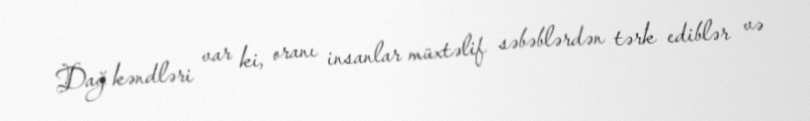
Dağ kəndləri var ki, oranı insanlar müxtəlif səbəblərdən tərk ediblər və